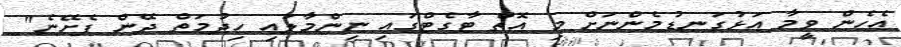
އެހެން ވީމާ އަޅުގަނޑުމެންނަށް މި އޮތް ޓާގެޓްގައި ނިންމާލައި ހިދުމަތް ދޭން ފެށޭނެ"